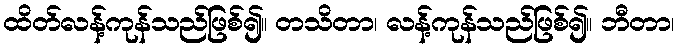
ထိတ်လန့်ကုန်သည်ဖြစ်၍။ တသိတာ၊ လန့်ကုန်သည်ဖြစ်၍။ ဘီတာ၊